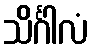
သိင်္ဂါလံ